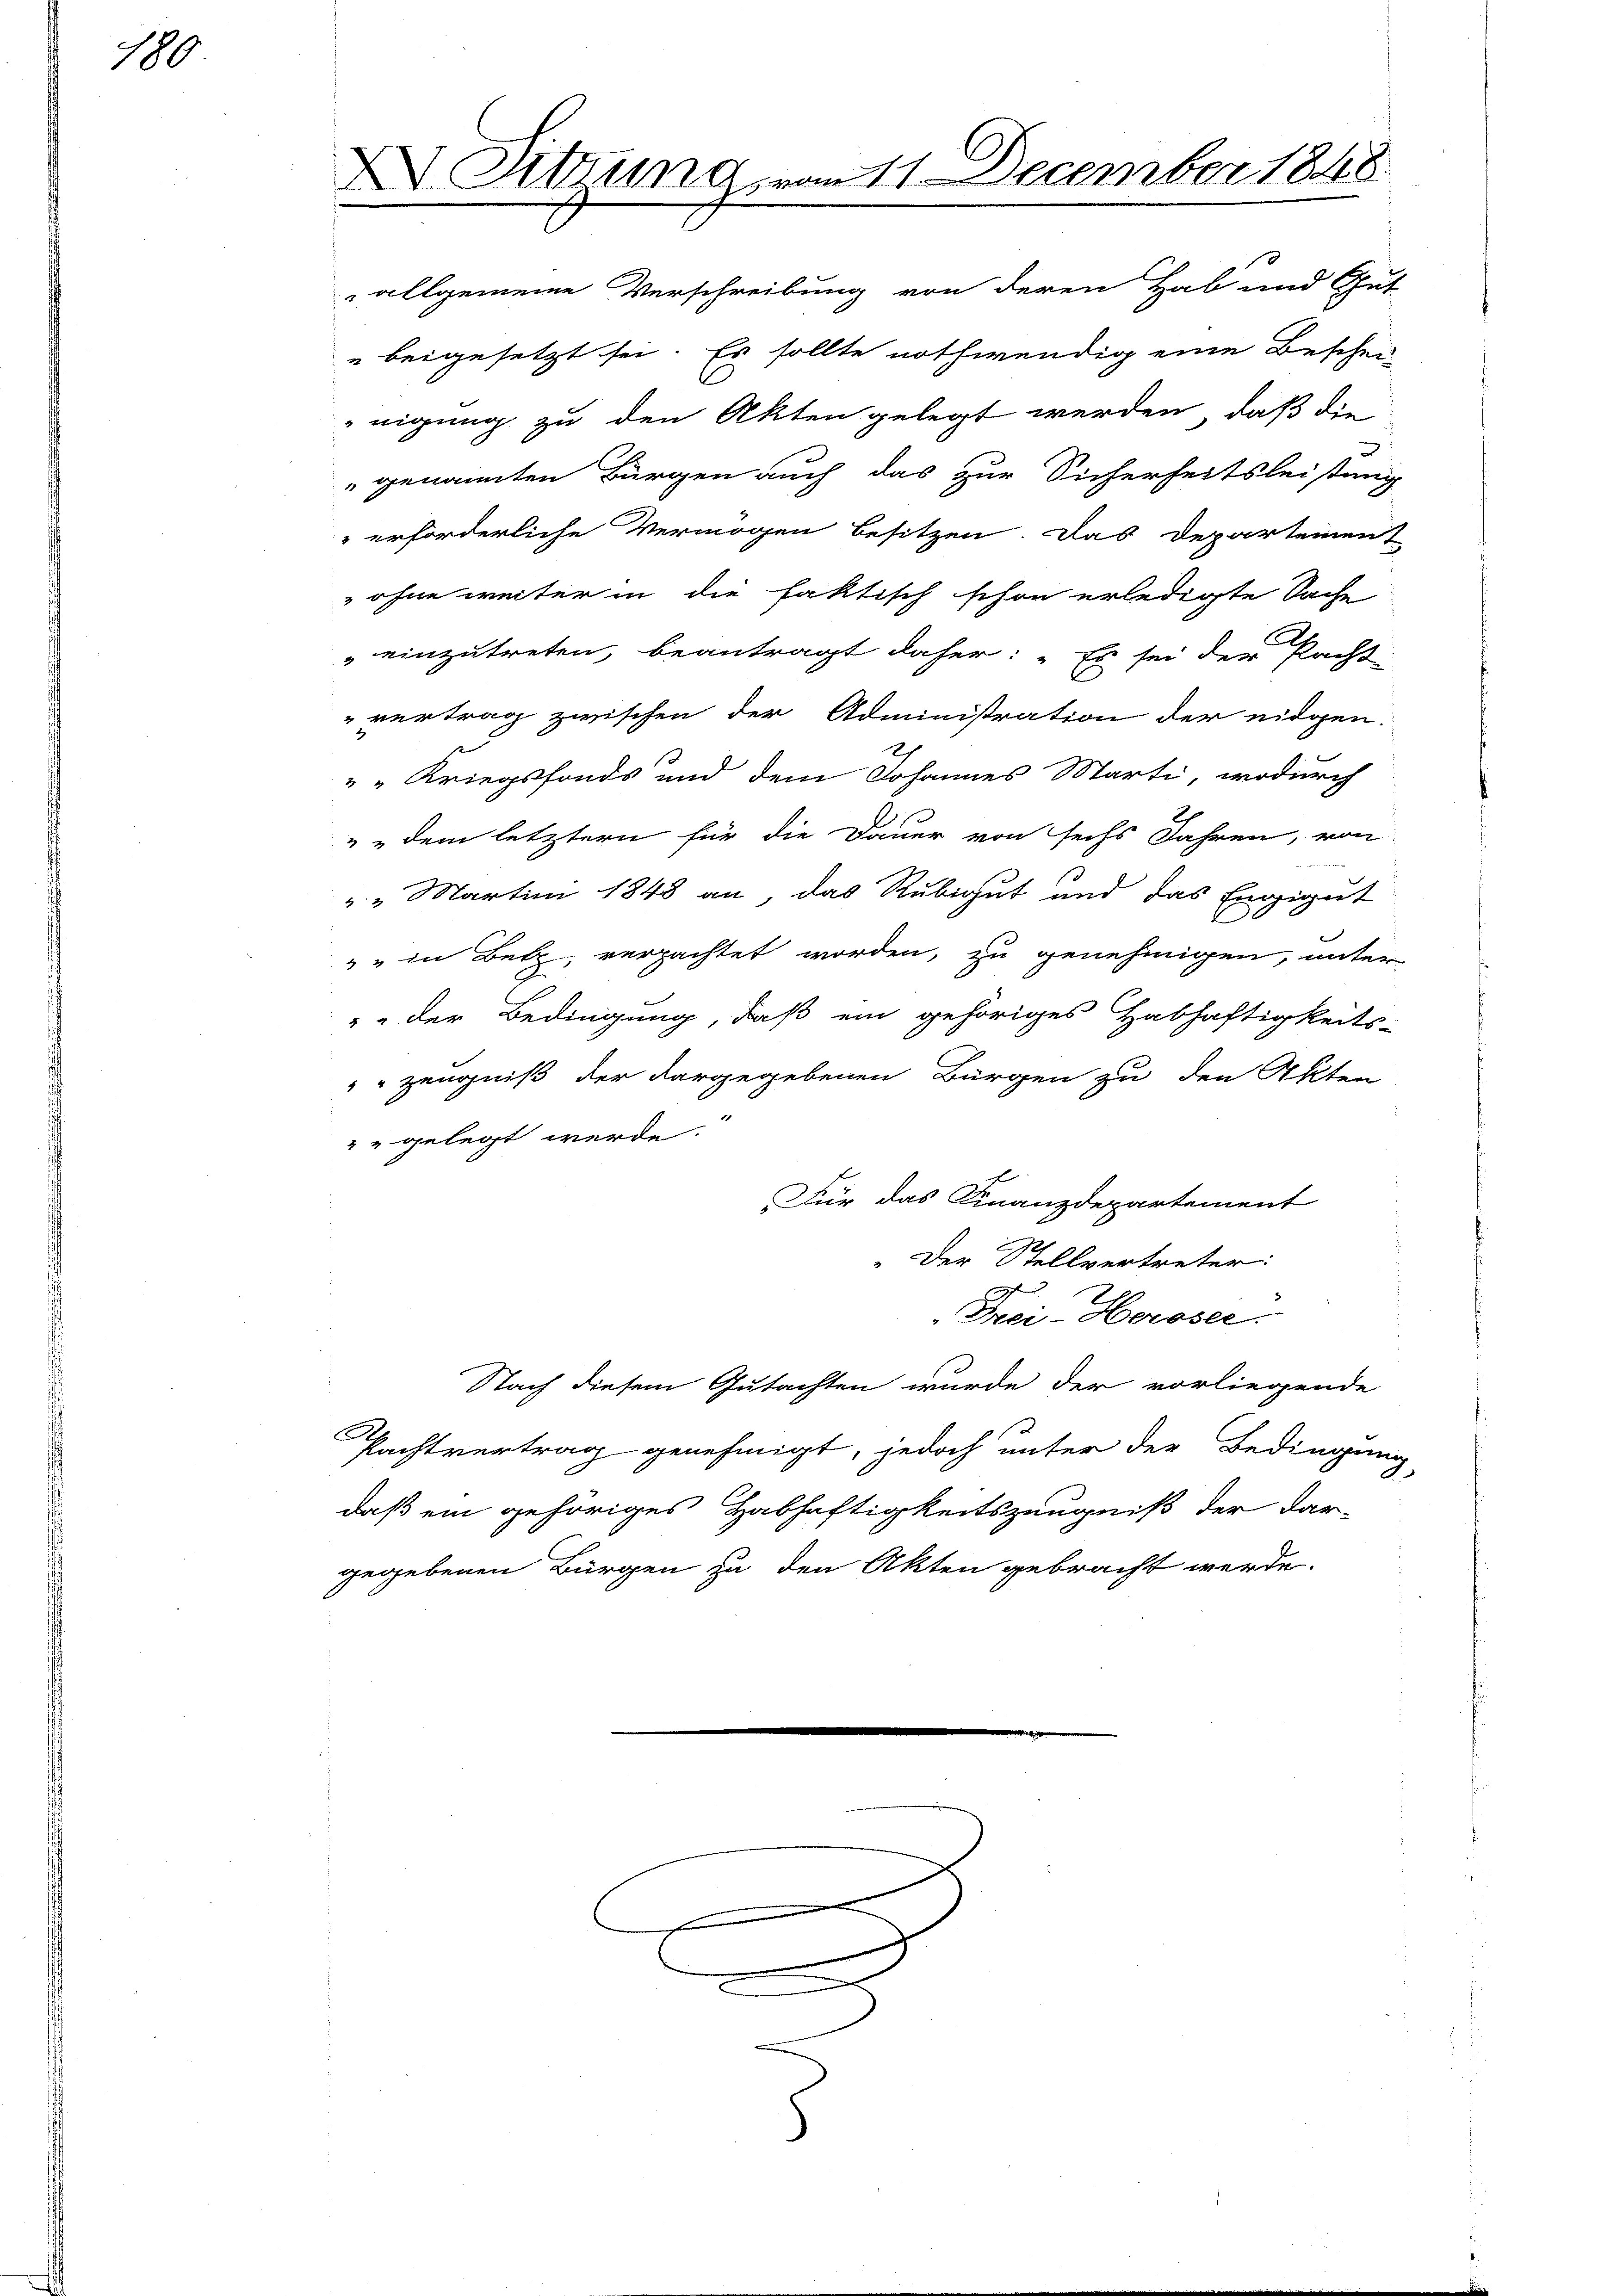
180

allgemeine Verschreibung von deren Hab und Gut-
" beigesetzt sei. Es sollte nothwendig eine Beschei-
nigung zu den Akten gelegt werden, daß die
" genannten Bürgen auch das zur Sicherheitsleistung
" erforderliche Vermögen besitzen. Das Departement
 ohne weiter in die faktisch schon erledigte Sache
" einzutreten, beantragt daher: „Es sei der Pacht
vertrag zwischen der Administration der eidgen:
e
D
" " Kriegsfonds und dem Johannes Marti, wodurch
d
" dem letztern für die Dauer von sechs Jahren, von
" " Martini 1848 an, das Rubigut und das Engigut
"" in Betz, verpachtet worden, zu genehmigen, unter
" der Bedingung, daß ein gehöriges Habhaftigkeits-
" Zeugniß der dargegebenen Bürgen zu den Akten
" gelegt werde.
Für das Finanzdepartement
Der Stellvertreter:
Frei-Heroser.
Nach diesem Gutachten wurde der vorliegende
Pachtvertrag genehmigt, jedoch unter der Bedingung,
daß ein gehöriges Habhaftigkeitszeugniß der Dar-
gegebenen Bürgen zu den Akten gebracht werde.

XV. Sitzung vom 11. December 1848.

e

i